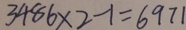
3 4 8 6 \times 2 - 1 = 6 9 7 1